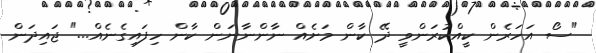
"ސޯ އަހަރެން ކީއްކުރަންވީ ދޭ ކާން މަށެއް ނާންނާނަން ކާން ހިފައިގެނެއް..." ޖައިދަން